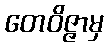
တေဝိဇ္ဇာမှ